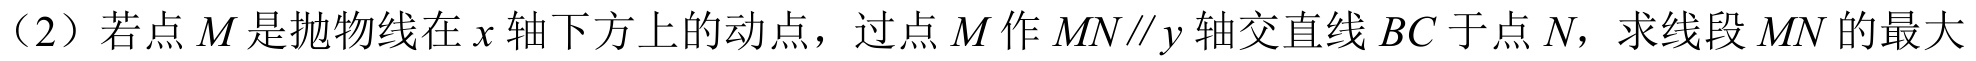
（2）若点\(M\)是抛物线在\(x\)轴下方上的动点，过点\(M\)作\(MN\parallel y\)轴交直线\(BC\)于点\(N\)，求线段\(MN\)的最大